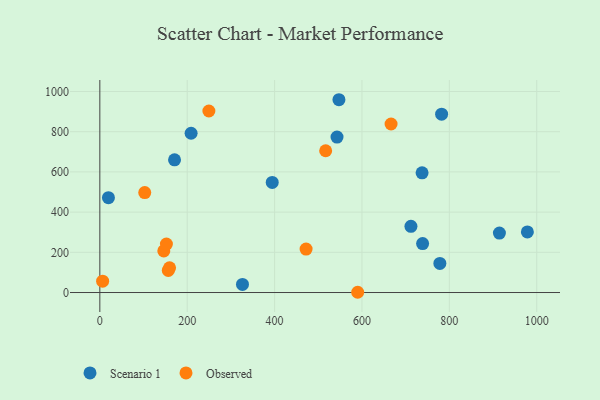
{"axis": {"x": "Price", "y": "Profit"}, "legend": ["Observed", "Scenario 1"], "data": [{"x": "542.9", "y": 773.2, "type": "Scenario 1"}, {"x": "914.6", "y": 295.9, "type": "Scenario 1"}, {"x": "394.6", "y": 547.7, "type": "Scenario 1"}, {"x": "737.6", "y": 595.5, "type": "Scenario 1"}, {"x": "547.3", "y": 959.0, "type": "Scenario 1"}, {"x": "738.8", "y": 243.6, "type": "Scenario 1"}, {"x": "712.1", "y": 329.3, "type": "Scenario 1"}, {"x": "782.3", "y": 887.1, "type": "Scenario 1"}, {"x": "208.9", "y": 792.3, "type": "Scenario 1"}, {"x": "171.0", "y": 660.0, "type": "Scenario 1"}, {"x": "778.3", "y": 144.5, "type": "Scenario 1"}, {"x": "19.7", "y": 471.9, "type": "Scenario 1"}, {"x": "326.5", "y": 40.1, "type": "Scenario 1"}, {"x": "978.6", "y": 301.5, "type": "Scenario 1"}, {"x": "666.6", "y": 838.2, "type": "Observed"}, {"x": "156.7", "y": 110.0, "type": "Observed"}, {"x": "516.9", "y": 705.2, "type": "Observed"}, {"x": "590.2", "y": 1.2, "type": "Observed"}, {"x": "146.4", "y": 206.9, "type": "Observed"}, {"x": "102.8", "y": 497.0, "type": "Observed"}, {"x": "249.6", "y": 903.0, "type": "Observed"}, {"x": "152.4", "y": 240.9, "type": "Observed"}, {"x": "6.4", "y": 56.4, "type": "Observed"}, {"x": "159.6", "y": 122.9, "type": "Observed"}, {"x": "472.1", "y": 216.2, "type": "Observed"}]}